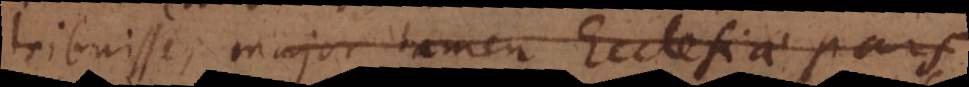
tribuisse, major tamen Ecclesiae pars